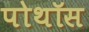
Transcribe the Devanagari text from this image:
पोथॉस